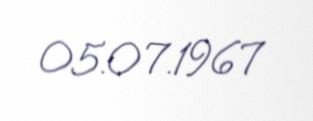
05.07.1967